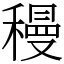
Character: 䅼